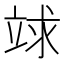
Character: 𥪆